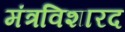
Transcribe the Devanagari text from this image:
मंत्रविशारद